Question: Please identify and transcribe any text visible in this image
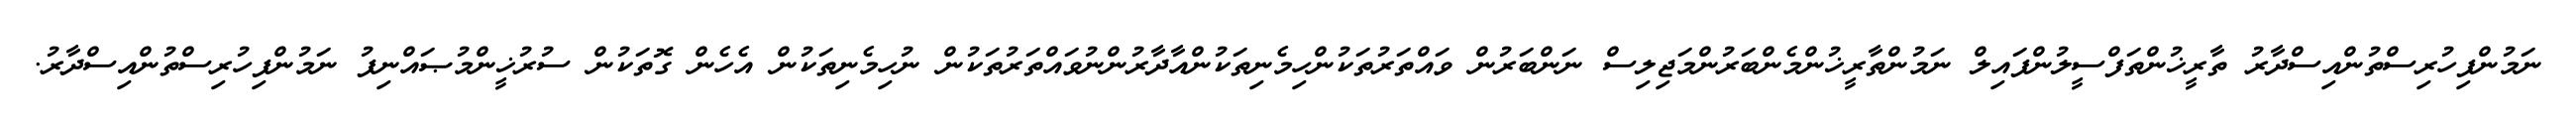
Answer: ނަމުންފިހުރިސްތުންއިސްދާރު ތާރީޚުންތަފްސީލުންފައިލް ނަމުންތާރީޚުންމެންބަރުންމަޖިލިސް ނަންބަރުން ވައްތަރުތަކުންހިމެނިތަކުންއާދާރުންނުވައްތަރުތަކުން ނުހިމެނިތަކުން އެހެން ގޮތަކުން ސުރުޚީންމުޞައްނިފު ނަމުންފިހުރިސްތުންއިސްދާރު.